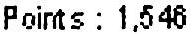
POINTS : 1,546